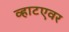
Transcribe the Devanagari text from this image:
व्हाटएवर